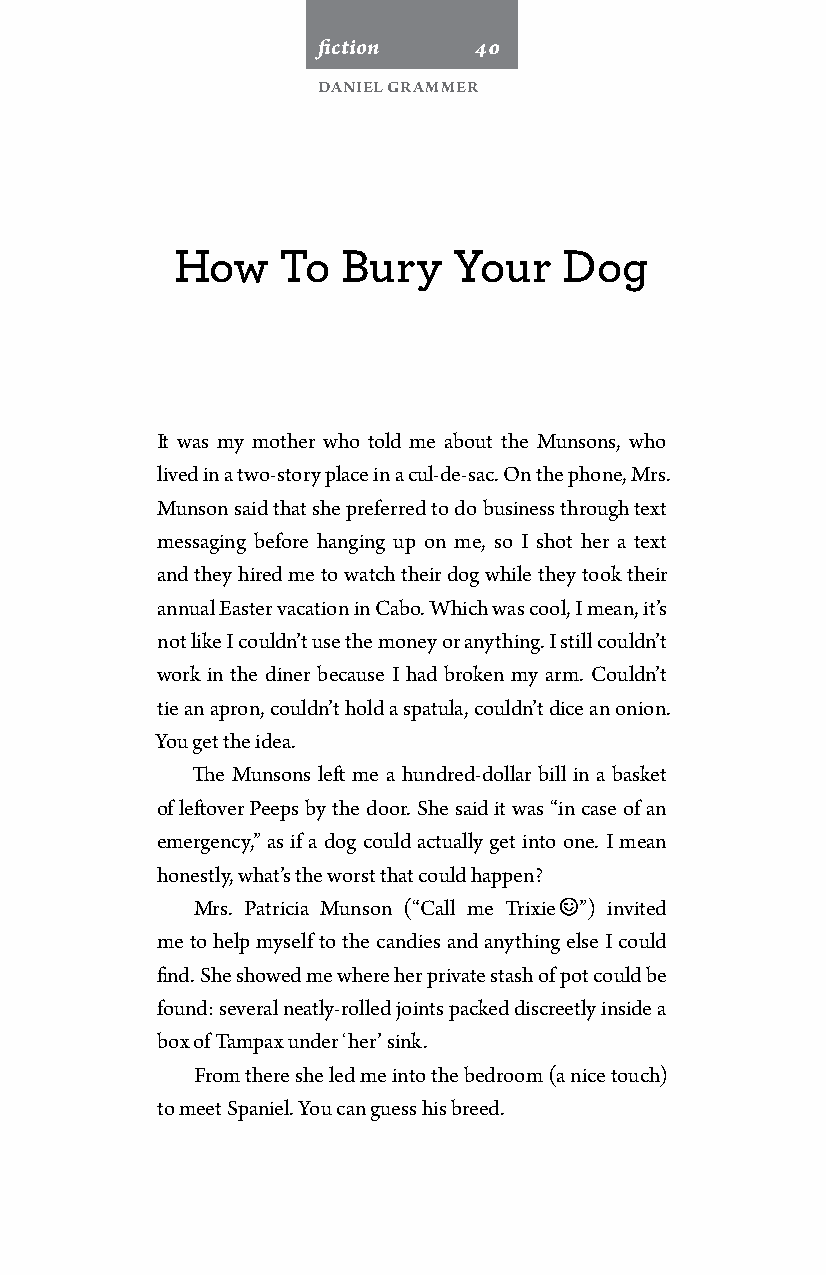
fiction   40
 Daniel Grammer
 How    To   Bury   Your   Dog
 It was my mother who told me about the Munsons, who
 lived in a two-story place in a cul-de-sac. On the phone, Mrs.
 Munson said that she preferred to do business through text
 messaging before hanging up on me, so I shot her a text
 and they hired me to watch their dog while they took their
 annual Easter vacation in Cabo. Which was cool, I mean, it’s
 not like I couldn’t use the money or anything. I still couldn’t
 work in the diner because I had broken my arm. Couldn’t
 tie an apron, couldn’t hold a spatula, couldn’t dice an onion.
 You get the idea.
 The Munsons left me a hundred-dollar bill in a basket
 of leftover Peeps by the door. She said it was “in case of an
 emergency,” as if a dog could actually get into one. I mean
 honestly, what’s the worst that could happen?
 Mrs. Patricia Munson (“Call me Trixie ”) invited
 me to help myself to the candies and anything else I could
 find. She showed me where her private stash of pot could be
 found: several neatly-rolled joints packed discreetly inside a
 box of Tampax under ‘her’ sink.
 From there she led me into the bedroom (a nice touch)
 to meet Spaniel. You can guess his breed.